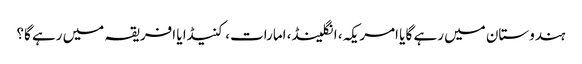
ہندوستان میں رہے گا یا امریکہ، انگلینڈ، امارات، کنیڈا یا افریقہ میں رہے گا؟